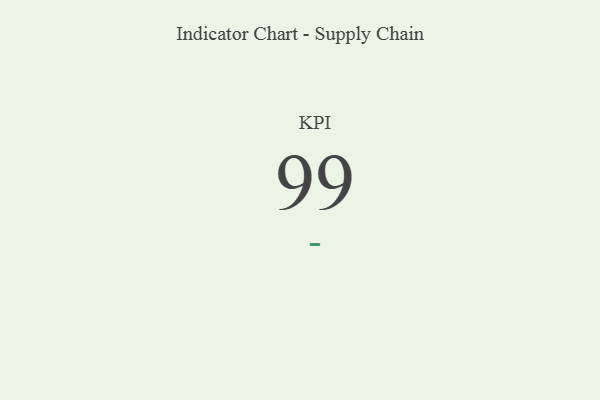
{"axis": {"x": "KPI", "y": "Value"}, "legend": [""], "data": [{"x": "KPI", "y": 99, "type": ""}]}